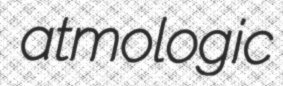
atmologic